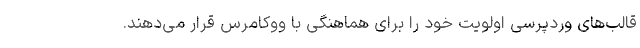
قالب‌های وردپرسی اولویت خود را برای هماهنگی با ووکامرس قرار می‌دهند.